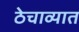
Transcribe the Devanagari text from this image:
ठेचाव्यात